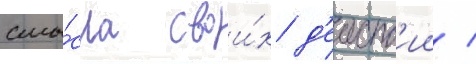
смы́сла свои́х д'еиств'ии /